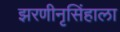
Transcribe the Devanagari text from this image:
झरणीनृसिंहाला